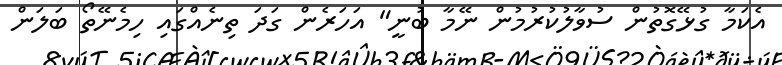
އެކަމާ ގުޅޭގޮތުން ސުވާލުކުރުމުން ނޭމާ ބުނީ" އަހަރެން ގަދަ ތިނެއްގައި ހިމެނޭތޯ ބަލަން